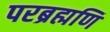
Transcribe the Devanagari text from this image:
परब्रह्मणि